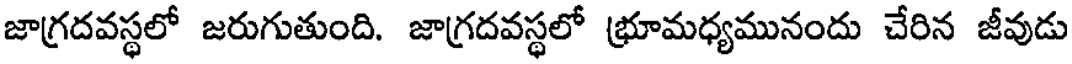
జాగ్రదవస్థలో జరుగుతుంది. జాగ్రదవస్థలో భ్రూమధ్యమునందు చేరిన జీవుడు